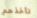
تأخذهم